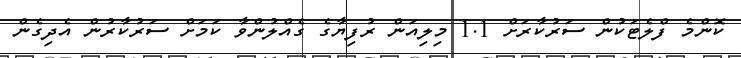
ކޮންމެ ފްލެޓަކުން ސަރުކާރަށް 1.1 މިލިއަން ރުފިޔާގެ ގެއްލުންވާ ކަމަށް ސަރުކާރުން އެދިގެން